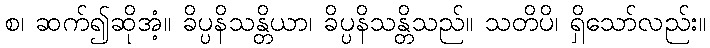
စ၊ ဆက်၍ဆိုအံ့။ ခိပ္ပနိသန္တိယာ၊ ခိပ္ပနိသန္တိသည်။ သတိပိ၊ ရှိသော်လည်း။